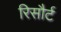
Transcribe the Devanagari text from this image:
रिसौर्ट